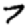
Digit: 7